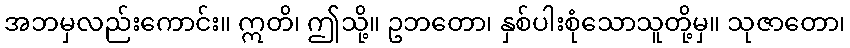
အဘမှလည်းကောင်း။ ဣတိ၊ ဤသို့။ ဥဘတော၊ နှစ်ပါးစုံသောသူတို့မှ။ သုဇာတော၊